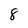
Character: 8